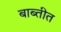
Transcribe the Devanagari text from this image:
बाब्तीत